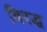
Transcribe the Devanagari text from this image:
विरद्ध